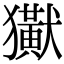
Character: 𤣊